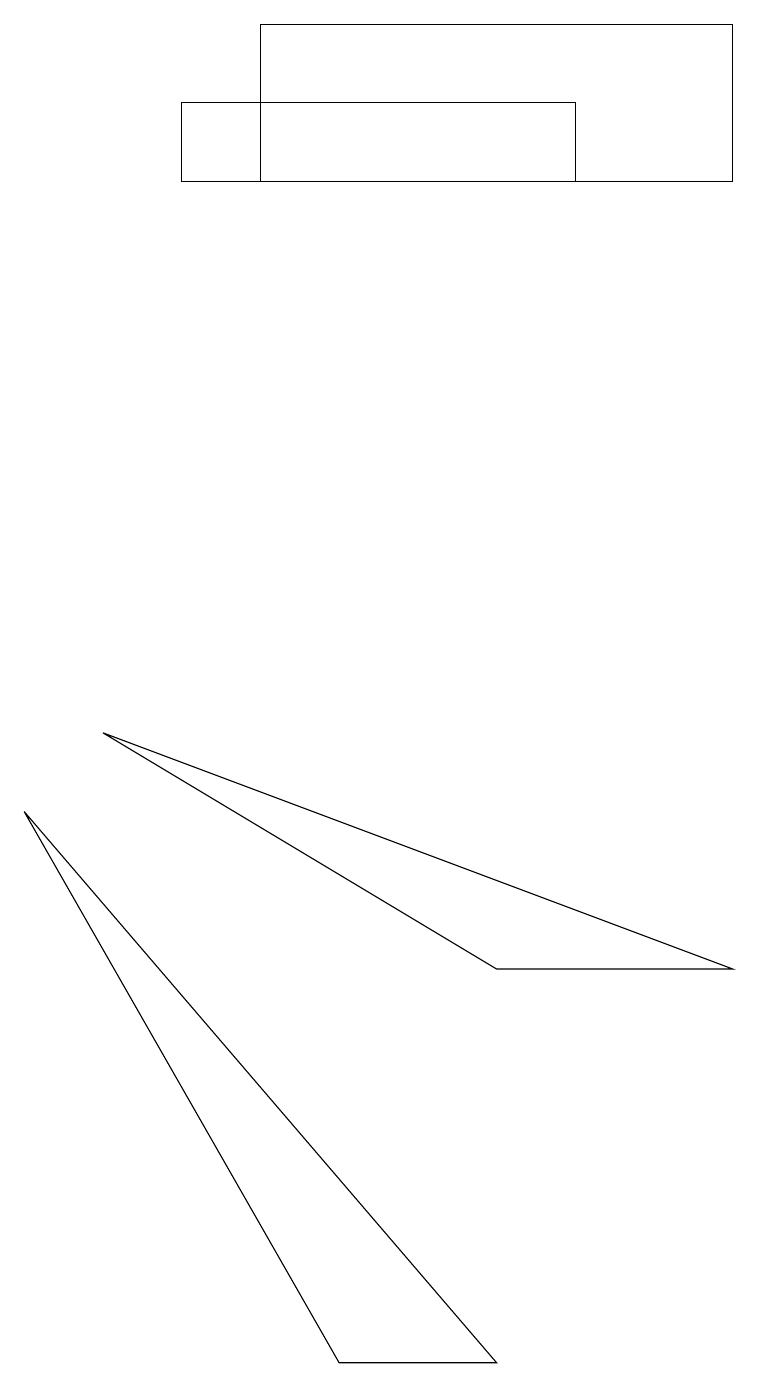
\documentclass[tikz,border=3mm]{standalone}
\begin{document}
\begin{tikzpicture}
\draw (3,17) rectangle (9,15);
\draw (9,5) -- (1,8) -- (6,5) -- cycle;
\draw (6,0) -- (4,0) -- (0,7) -- cycle;
\draw (2,16) rectangle (7,15);
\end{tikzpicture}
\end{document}